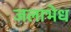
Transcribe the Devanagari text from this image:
जलाभेध